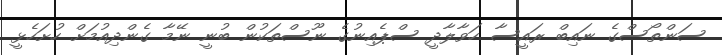
ސަންތޯސްގެ ނައިބް ރައީސާ ހަވާލާދީ ސްޕެއިނުގެ ނޫސްތަކުން ބުނީ ނޭމާ ގެންދިއުމަށް ހުށަހެޅީ